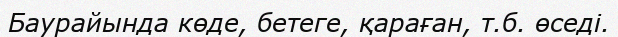
Баурайында көде, бетеге, қараған, т.б. өседі.